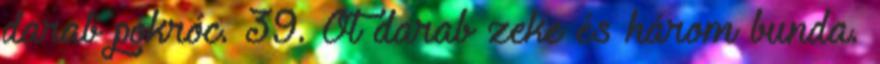
darab pokróc. 39. Öt darab zeke és három bunda.